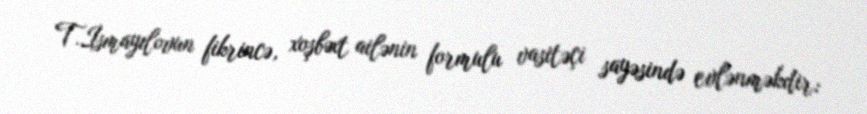
T.İsmayılovun fikrincə, xoşbəxt ailənin formulu vasitəçi sayəsində evlənməkdir: